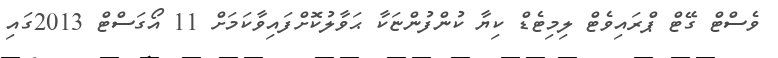
ވެސްޓް ގޭޓް ޕްރައިވެޓް ލިމިޓެޑް ކިޔާ ކުންފުންޏަކާ ޙަވާލުކޮށްފައިވާކަމަށް 11 އޯގަސްޓް 2013ގައި